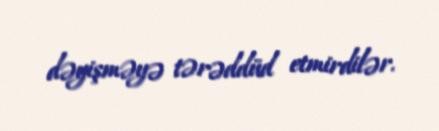
dəyişməyə tərəddüd etmirdilər.